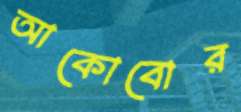
আকোবোর